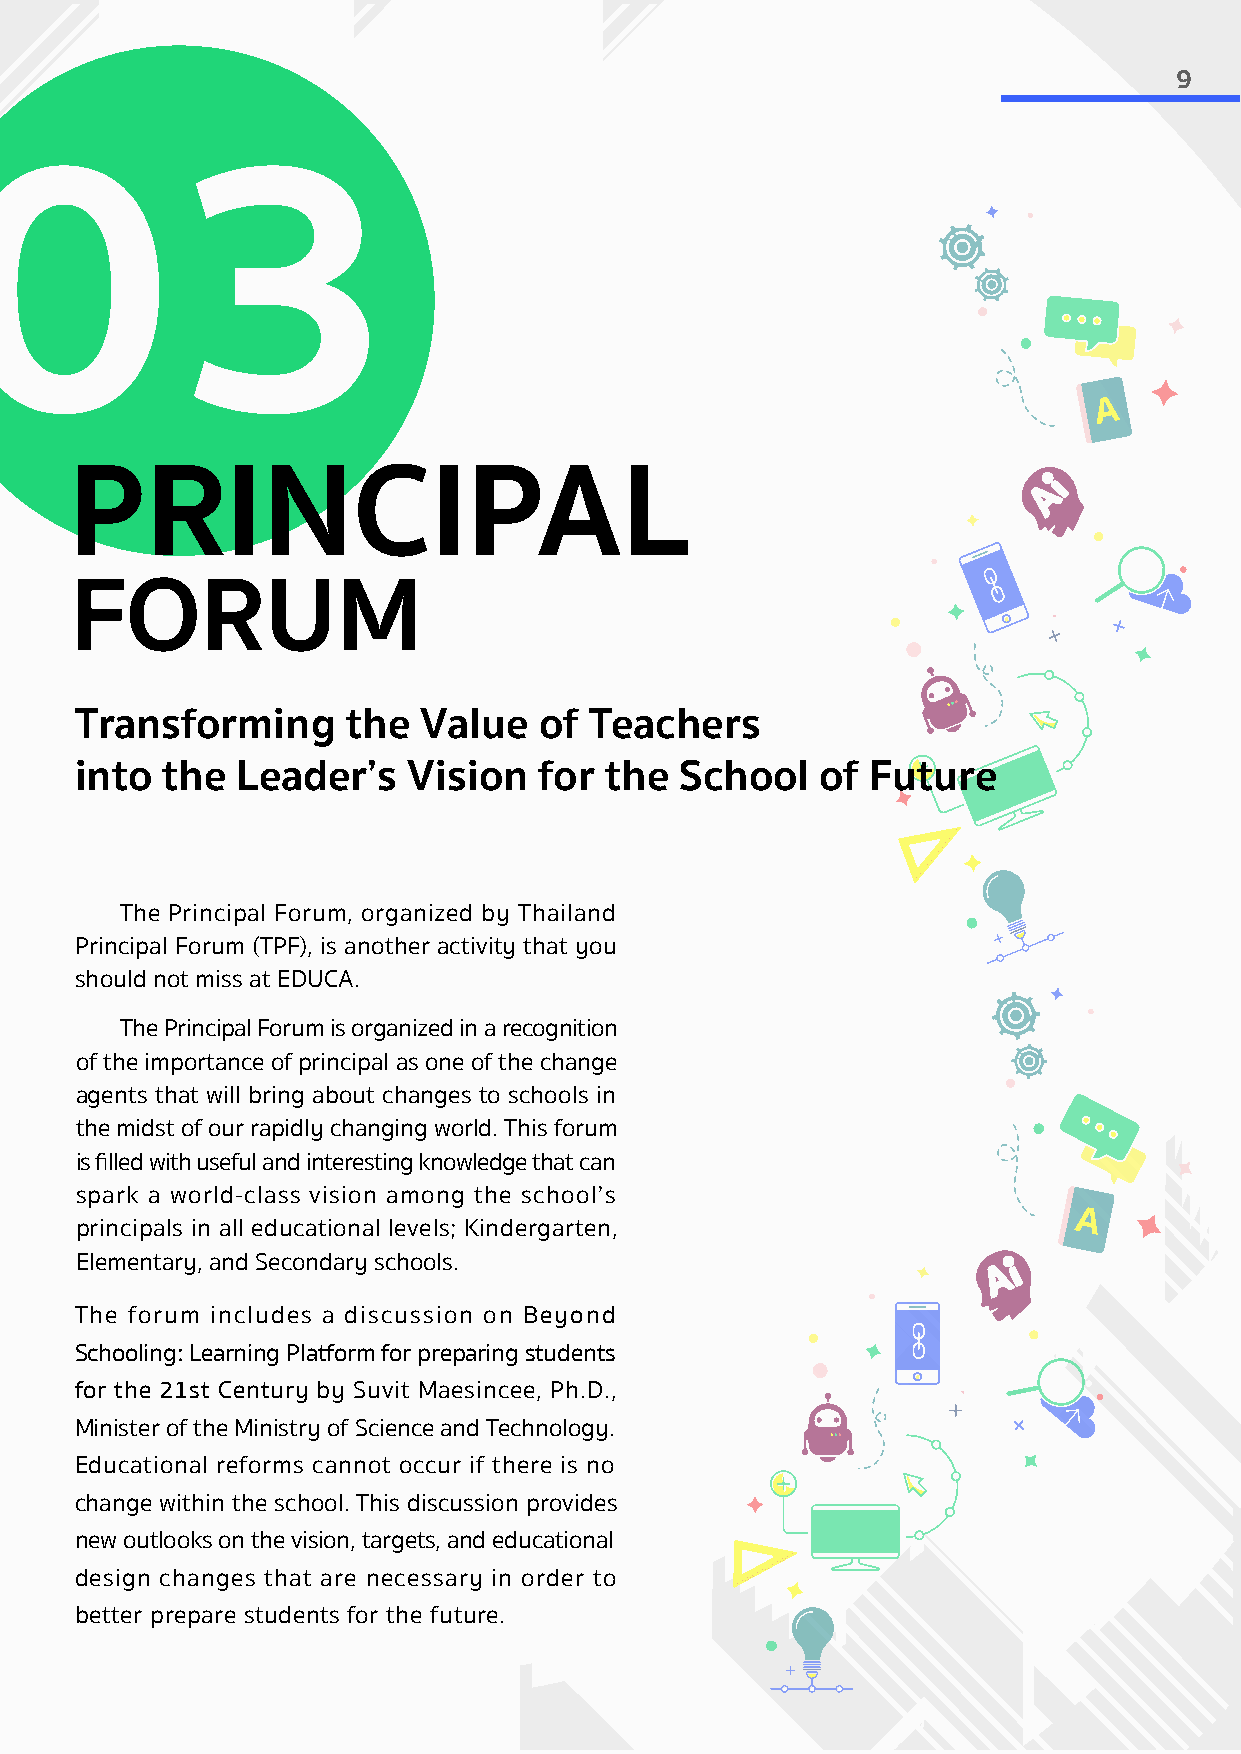
9
 03
 PRINCIPAL
 FORUM
 Transforming      the  Value   of Teachers
 into  the  Leader’s   Vision   for the  School   of  Future
 The Principal Forum, organized by Thailand
 Principal Forum (TPF), is another activity that you
 should not miss at EDUCA.
 The Principal Forum is organized in a recognition
 of the importance of principal as one of the change
 agents that will bring about changes to schools in
 the midst of our rapidly changing world. This forum
 is filled with useful and interesting knowledge that can
 spark a world-class vision among the school’s
 principals in all educational levels; Kindergarten,
 Elementary, and Secondary schools.
 The forum includes a discussion on Beyond
 Schooling: Learning Platform for preparing students
 for the 21st Century by Suvit Maesincee, Ph.D.,
 Minister of the Ministry of Science and Technology.
 Educational reforms cannot occur if there is no
 change within the school. This discussion provides
 new outlooks on the vision, targets, and educational
 design changes that are necessary in order to
 better prepare students for the future.